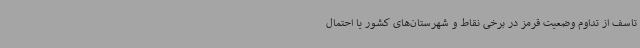
تاسف از تداوم وضعیت قرمز در برخی نقاط و شهرستان‌های کشور یا احتمال